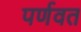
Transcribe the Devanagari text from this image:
पर्णवत